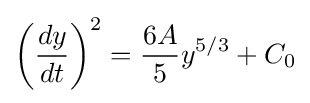
\left({\frac {dy}{dt}}\right)^{2}={\frac {6A}{5}}y^{5/3}+C_{0}